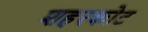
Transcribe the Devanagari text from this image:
शहरकोट